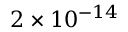
2 \times 1 0 ^ { - 1 4 }